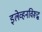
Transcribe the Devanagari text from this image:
इलेव्हनविरूद्ध